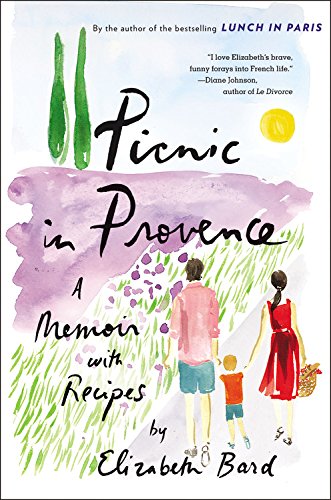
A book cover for Picnic in Provence: A Memoir with Recipes; Elizabeth Bard; Cookbooks, Food & Wine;